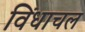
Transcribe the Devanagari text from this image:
विंधाचल